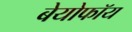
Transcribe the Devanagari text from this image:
बेयोफॉय